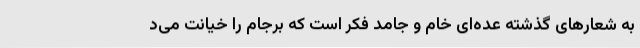
به شعارهای گذشته عده‌ای خام و جامد فکر است که برجام را خیانت می‌د